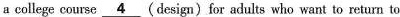
a college course \underline{4} (design) for adults who want to return to